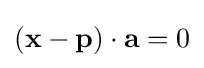
(\mathbf {x} -\mathbf {p} )\cdot \mathbf {a} =0